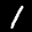
Label: 1